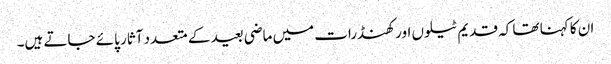
ان کا کہنا تھا کہ قدیم ٹیلوں اور کھنڈرات میں ماضی بعید کے متعدد آثار پائے جاتے ہیں۔